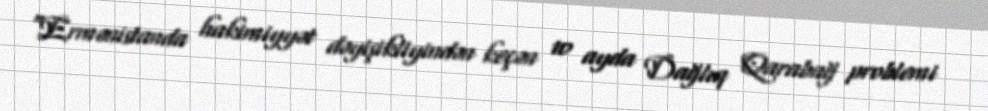
“Ermənistanda hakimiyyət dəyişikliyindən keçən 10 ayda Dağlıq Qarabağ problemi